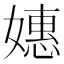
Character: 𫱮